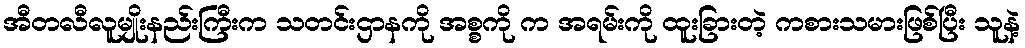
အီတလီလူမျိုးနည်းကြီးက သတင်းဌာနကို အစ္စကို က အရမ်းကို ထူးခြားတဲ့ ကစားသမားဖြစ်ပြီး သူနဲ့